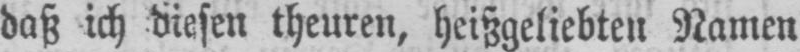
daß ich diesen theuren, heißgeliebten Namen